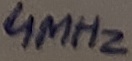
Text: 4MHz